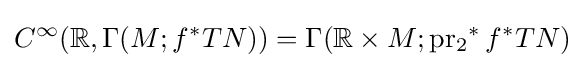
C^{\infty }(\mathbb {R} ,\Gamma (M;f^{*}TN))=\Gamma (\mathbb {R} \times M;\operatorname {pr_{2}} ^{*}f^{*}TN)